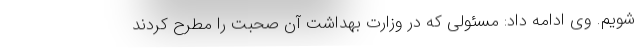
شویم. وی ادامه داد: مسئولی که در وزارت بهداشت آن صحبت را مطرح کردند